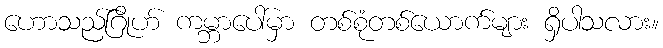
ဟောသည်ဂြိုဟ် ကမ္ဘာပေါ်မှာ တစ်စုံတစ်ယောက်များ ရှိပါသလား။